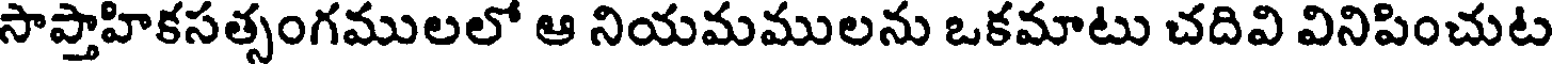
సాప్తాహికసత్సంగములలో ఆ నియమములను ఒకమాటు చదివి వినిపించుట